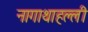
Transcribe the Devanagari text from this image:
नागाथाहल्ली